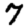
Digit: 7